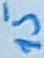
Text: 15